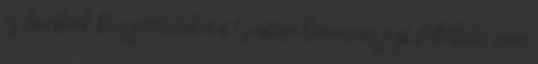
és Facebook közzétételeket a Creative Commons jogi feltételei nem